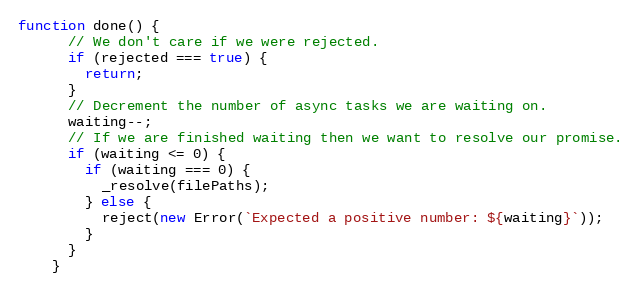
Language: JavaScript
function done() {
      // We don't care if we were rejected.
      if (rejected === true) {
        return;
      }
      // Decrement the number of async tasks we are waiting on.
      waiting--;
      // If we are finished waiting then we want to resolve our promise.
      if (waiting <= 0) {
        if (waiting === 0) {
          _resolve(filePaths);
        } else {
          reject(new Error(`Expected a positive number: ${waiting}`));
        }
      }
    }